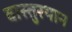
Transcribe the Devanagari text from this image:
वास्तुस्थान